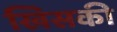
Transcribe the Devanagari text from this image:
खिसकी